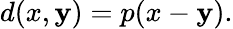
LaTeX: d(x,\mathbf{y})=p(x-\mathbf{y}).